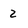
Character: 2